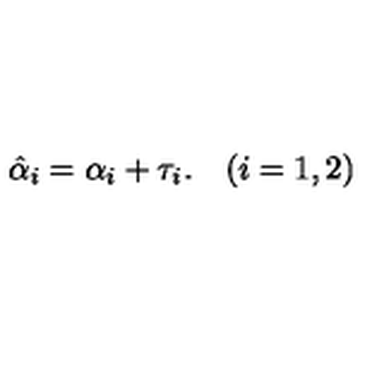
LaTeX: \hat { \alpha } _ { i } = \alpha _ { i } + \tau _ { i } . \quad ( i = 1 , 2 )